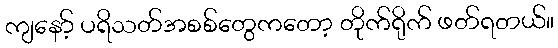
ကျနော့် ပရိသတ်အစစ်တွေကတော့ တိုက်ရိုက် ဖတ်ရတယ်။